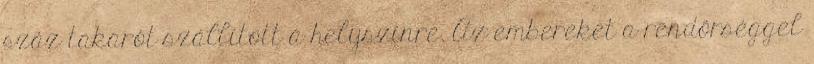
száz takarót szállított a helyszínre. Az embereket a rendőrséggel